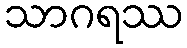
သာဂရဿ